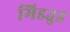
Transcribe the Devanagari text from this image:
मिडउुड